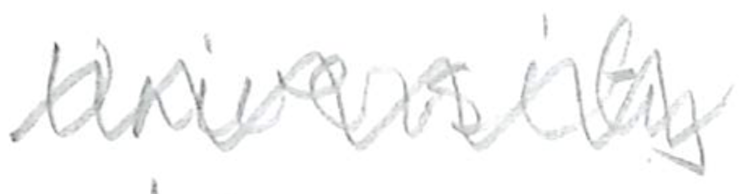
Text: University
Cross-out: zig-zag
Writing tool: pencil